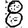
Digit: 8